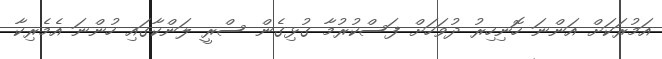
އަމުރަކަށް އަންނަ ހޮނިހިރު ދުވަހަށް ފަސްކުރުމާ ގުޅިގެން ސްރީ ލަންކާގައި ހުންނަ އެމެރިކާ